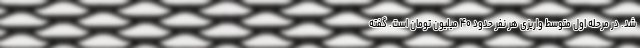
شد. در مرحله اول متوسط واریزی هر نفر حدود ۴۰ میلیون تومان است. گفته